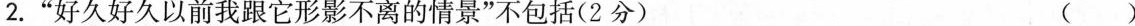
2.”好久好久以前我跟它形影不离的情景”不包括(2分) ( )